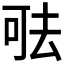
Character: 𠳊